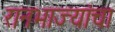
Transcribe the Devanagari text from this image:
रानभाज्यांचा